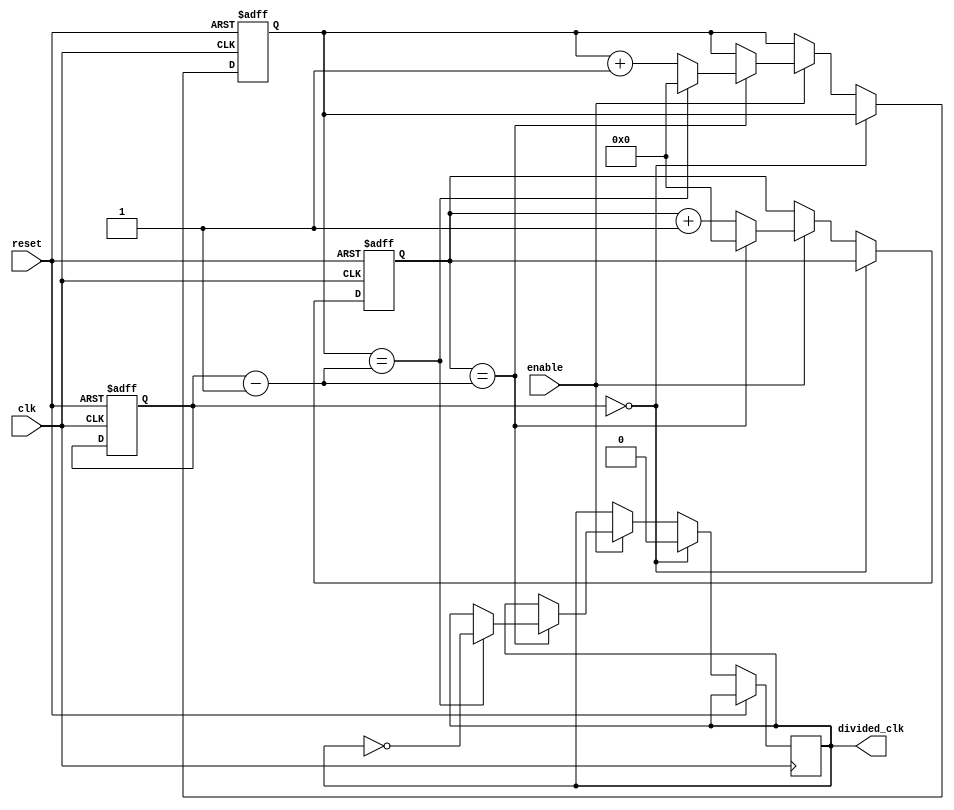
module fractional_clock_divider (
    input wire clk,
    input wire reset,
    input wire enable,
    output reg divided_clk
);

reg [31:0] count;
reg [31:0] divisor;
reg [31:0] fractional_count;

always @(posedge clk or posedge reset) begin
    if (reset) begin
        count <= 0;
        divisor <= 0;
        fractional_count <= 0;
    end else begin
        if (divisor == 0) begin
            divided_clk <= 0;
        end else begin
            if (enable) begin
                count <= count + 1;
                if (count == divisor - 1) begin
                    count <= 0;
                    fractional_count <= fractional_count + 1;
                    if (fractional_count == divisor - 1) begin
                        fractional_count <= 0;
                        divided_clk <= ~divided_clk;
                    end
                end
            end
        end
    end
end

endmodule